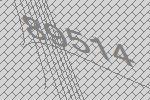
89514